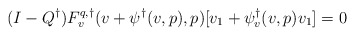
\begin{align*}(I-Q^\dagger)F^{q,\dagger}_v(v + \psi^\dagger(v,p),p)[v_1 + \psi^\dagger_v(v,p)v_1] = 0\end{align*}